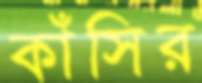
কাঁসির